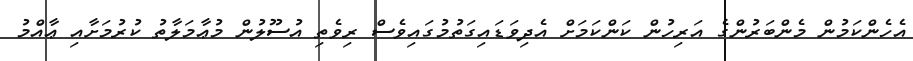
އެހެންކަމުން މެންބަރުންގެ އަރިހުން ކަންކަމަށް އެދިވަޑައިގަތުމުގައިވެސް ރިވެތި އުސޫލުން މުޢާމަލާތު ކުރުމަށާއި ޢާއްމު